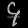
Digit: ၄